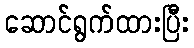
ဆောင်ရွက်ထားပြီး